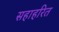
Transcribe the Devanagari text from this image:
सहाहरित